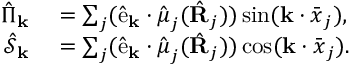
\begin{array} { r l } { \hat { \Pi } _ { \mathbf { k } } } & { { } = \sum _ { j } ( \hat { \mathrm { e } } _ { \mathbf { k } } \cdot \hat { \boldsymbol \mu } _ { j } ( \hat { \bf R } _ { j } ) ) \sin ( \mathbf { k } \cdot \bar { \boldsymbol x } _ { j } ) , } \\ { \hat { \mathcal { S } } _ { \mathbf { k } } } & { { } = \sum _ { j } ( \hat { \mathrm { e } } _ { \mathbf { k } } \cdot \hat { \boldsymbol \mu } _ { j } ( \hat { \bf R } _ { j } ) ) \cos ( \mathbf { k } \cdot \bar { \boldsymbol x } _ { j } ) . } \end{array}